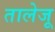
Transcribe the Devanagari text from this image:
तालेजू